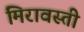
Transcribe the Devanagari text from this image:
मिरावस्ती